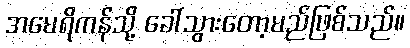
အမေရိကန်သို့ ခေါ်သွားတော့မည်ဖြစ်သည်။